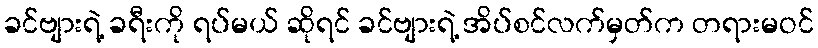
ခင်ဗျားရဲ့ ခရီးကို ရပ်မယ် ဆိုရင် ခင်ဗျားရဲ့ အိပ်စင်လက်မှတ်က တရားမဝင်